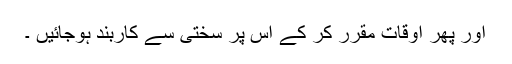
اور پھر اوقات مقرر کر کے اس پر سختی سے کاربند ہوجائیں ۔